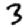
Digit: 3